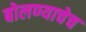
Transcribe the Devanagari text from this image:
बोलण्याचेच